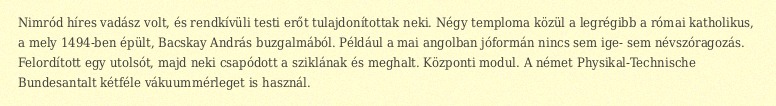
Nimród híres vadász volt, és rendkívüli testi erőt tulajdonítottak neki. Négy temploma közül a legrégibb a római katholikus, a mely 1494-ben épült, Bacskay András buzgalmából. Például a mai angolban jóformán nincs sem ige- sem névszóragozás. Felordított egy utolsót, majd neki csapódott a sziklának és meghalt. Központi modul. A német Physikal-Technische Bundesantalt kétféle vákuummérleget is használ.